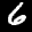
Label: 6